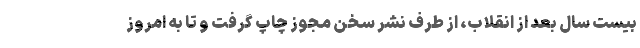
بیست سال بعد از انقلاب، از طرف نشر سخن مجوز چاپ گرفت و تا به امروز